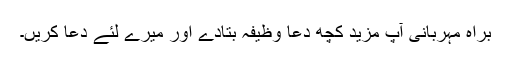
براہِ مہربانی آپ مزید کچھ دعا وظیفہ بتادے اور میرے لئے دعا کریں۔